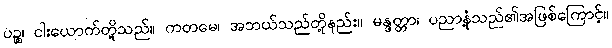
ပဉ္စ၊ ငါးယောက်တို့သည်။ ကတမေ၊ အဘယ်သည်တို့နည်း။ မန္ဒတ္တာ၊ ပညာနုံ့သည်၏အဖြစ်ကြောင့်။